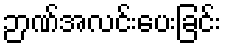
ဉာဏ်အလင်းပေးခြင်း